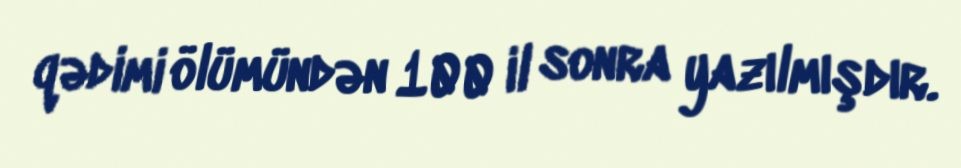
qədimi ölümündən 100 il sonra yazılmışdır.